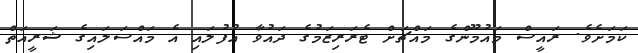
ކަމަށެވެ. ރައީސް މައުމޫންގެ މައްޗަށް ޓެރަރިޒަމުގެ ދައުވާ އުފުލައި އެ މައްސަލައިގެ ޝަރީއަތް